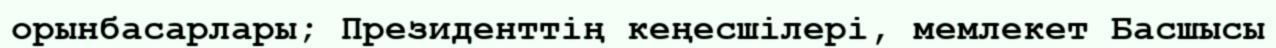
орынбасарлары; Президенттің кеңесшілері, мемлекет Басшысы